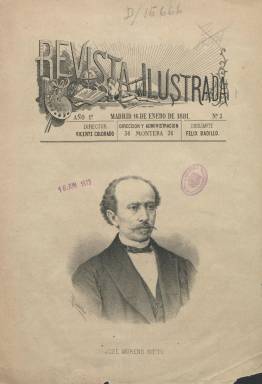
Título: Revista ilustrada
Colección: Revistas de información general
Ámbito geográfico: Madrid
Lugar de publicación: Madrid
Fechas: 16/01/1881-16/05/1881

En un año como el de 1881 en el que la Restauración alfonsina va a ser encauzada a través del sistema del turno de partidos al llamar el rey en el mes de febrero a Práxedes Mateo Sagasta (1825-1903) a formar gobierno como líder del partido liberal que previamente había fundado, el uno de enero había aparecido esta revista con una frecuencia semanal –su foliación es continuada-, fundada y dirigida por el escritor, traductor y periodista de origen vallisoletano Vicente Colorado Martínez (1850-1904), que también era su propietario, y cuyo término ilustrado apunta especialmente a sus contenidos de naturaleza intelectual (este término aún tardará dos décadas en ser acuñado para estos menesteres), es decir, literaria, artística, científica y política. Aún así, un grabado con el retrato de un prestigioso intelectual o artista ocupará su primera página, sobre el que se incluirá una extensa semblanza.

En las dos primeras entregas de que consta la colección de la Biblioteca Nacional de España (BNE) -número 3 (16 de enero) y número 7 (16 de febrero)- los retratos y semblanzas que contienen corresponden al tenor Julián Gayarre (1844-1890) y al jurisconsulto y arabista José Moreno Nieto (1825-1882), firmadas por Julián Criado Aguilar y E. Gómez Ortiz, respectivamente. En las páginas de sendas entregas aparecen también estudios de crítica e historia literaria, como el referido a El Quijote, firmado con el seudónimo Académico de Argamasilla. A ello se añade una serie de traducciones a textos de W.M. Thackeray (1811-1863), H. Heine (1797-1856) o J.W. Goethe (1749-1832), firmadas por M. Juderías Bénder, J. Herrero y L. Ruiz de Velasco, respectivamente. Así como dos artículos referidos al átomo y la radiofonía, y entre otros, el escrito bajo el epígrafe Condiciones de la poesía actual por Urbano González Serrano (1848-1904), filósofo, psicólogo, pedagogo, crítico literario, discípulo de Nicolás Salmerón (1838-1908) y fundador del llamado krausopositivismo.

La tercera entrega de la colección de la BNE es la número 18, que corresponde al 16 de mayo, en la que aparece como director el citado González Serrano, amigo tanto de Colorado, quien previamente, en marzo, había ingresado en el Cuerpo Facultativo de Archiveros, Bibliotecarios y Arqueólogos, como de un incipiente político como José Canalejas (1854-1912), que terminaría liderando el partido liberal, y en torno al cual en sus reuniones del Ateneo de Madrid se congregaba entonces un grupo de demócratas republicanos e incipientes regeneracionistas en el campo de la cultura, la ciencia y la cátedra, que adquirió este título para tener un medio de prensa, como así lo indican Luis Antón del Olmet y Arturo García Carraffa en la biografía que escribirán sobre el citado prócer y estadista (1913 y 1916).

Junto a González Serrano como director, aparecen en esta entrega como redactores, además de Canalejas y Coronado, el profesor vinculado a la Institución Libre de Enseñanza Enrique Serrano Fatigati (1845-1918), el pedagogo y geógrafo de origen catalán Ricardo Beltrán y Rózpide (1852-1928), Máximo Ruiz Díaz, Enrique Calleja, Laureano Calderón, Joaquín Juste, José J. Herrero y J. Martos Jiménez. Todos ellos serán los firmantes del artículo que, bajo el epígrafe Nuestro pensamiento, aparezca publicado en este número, en el que reflejarán su ideario demócrata, progresista y regeneracionista en el ámbito de la política, la cultura, el arte y la ciencia. También el republicano, pues en el mismo reivindicarán el Manifiesto del 1º de Abril de Manuel Ruiz Zorilla (1833-1895), al que Antonio Cánovas del Castillo (1828-1897), como líder conservador y muñidor de la Restauración, había obligado al exilio en 1875. Es más, siguiendo el mismo esquema que la revista mantenía desde su aparición, la primera página y la semblanza correspondiente de este número estará dedicada a este prócer republicano, fiel al espíritu de la Gloriosa y viejo enemigo de Sagasta, que sólo regresará para morir en su patria, y cuyo citado manifiesto también habían firmado, entre otros, José Echegaray, Cristino Martos, Eugenio de Olaverría y Eugenio y José Montero Ríos.

En las elecciones generales de agosto de ese año 1881, los liberales y ministeriales obtuvieron 297 escaños; los conservadores, 39, y los demócratas, 32. Señalan los citados Olmet y García Carraffa que Revista ilustrada tuvo dos años de vida, sirviendo para orientar a Canalejas  en el periodismo y la política, vertiendo en ella su aún prosa juvenil.